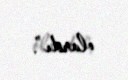
olardı”.